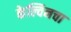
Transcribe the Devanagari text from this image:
केल्विनचा